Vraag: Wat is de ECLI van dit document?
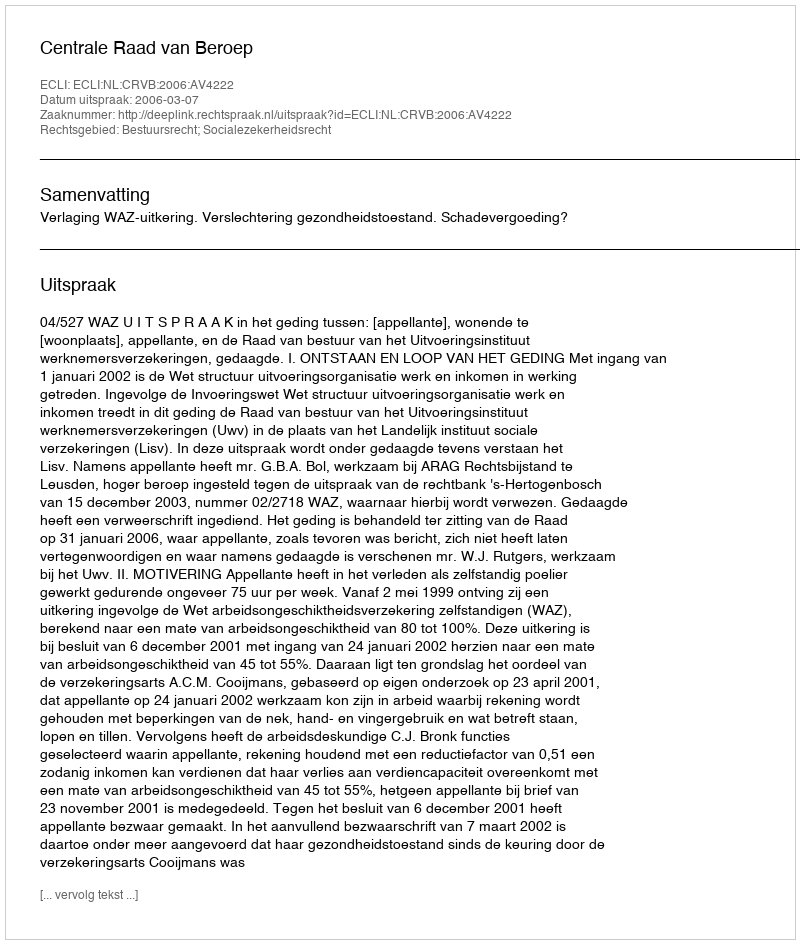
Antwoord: ECLI:NL:CRVB:2006:AV4222